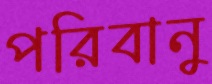
পরিবানু